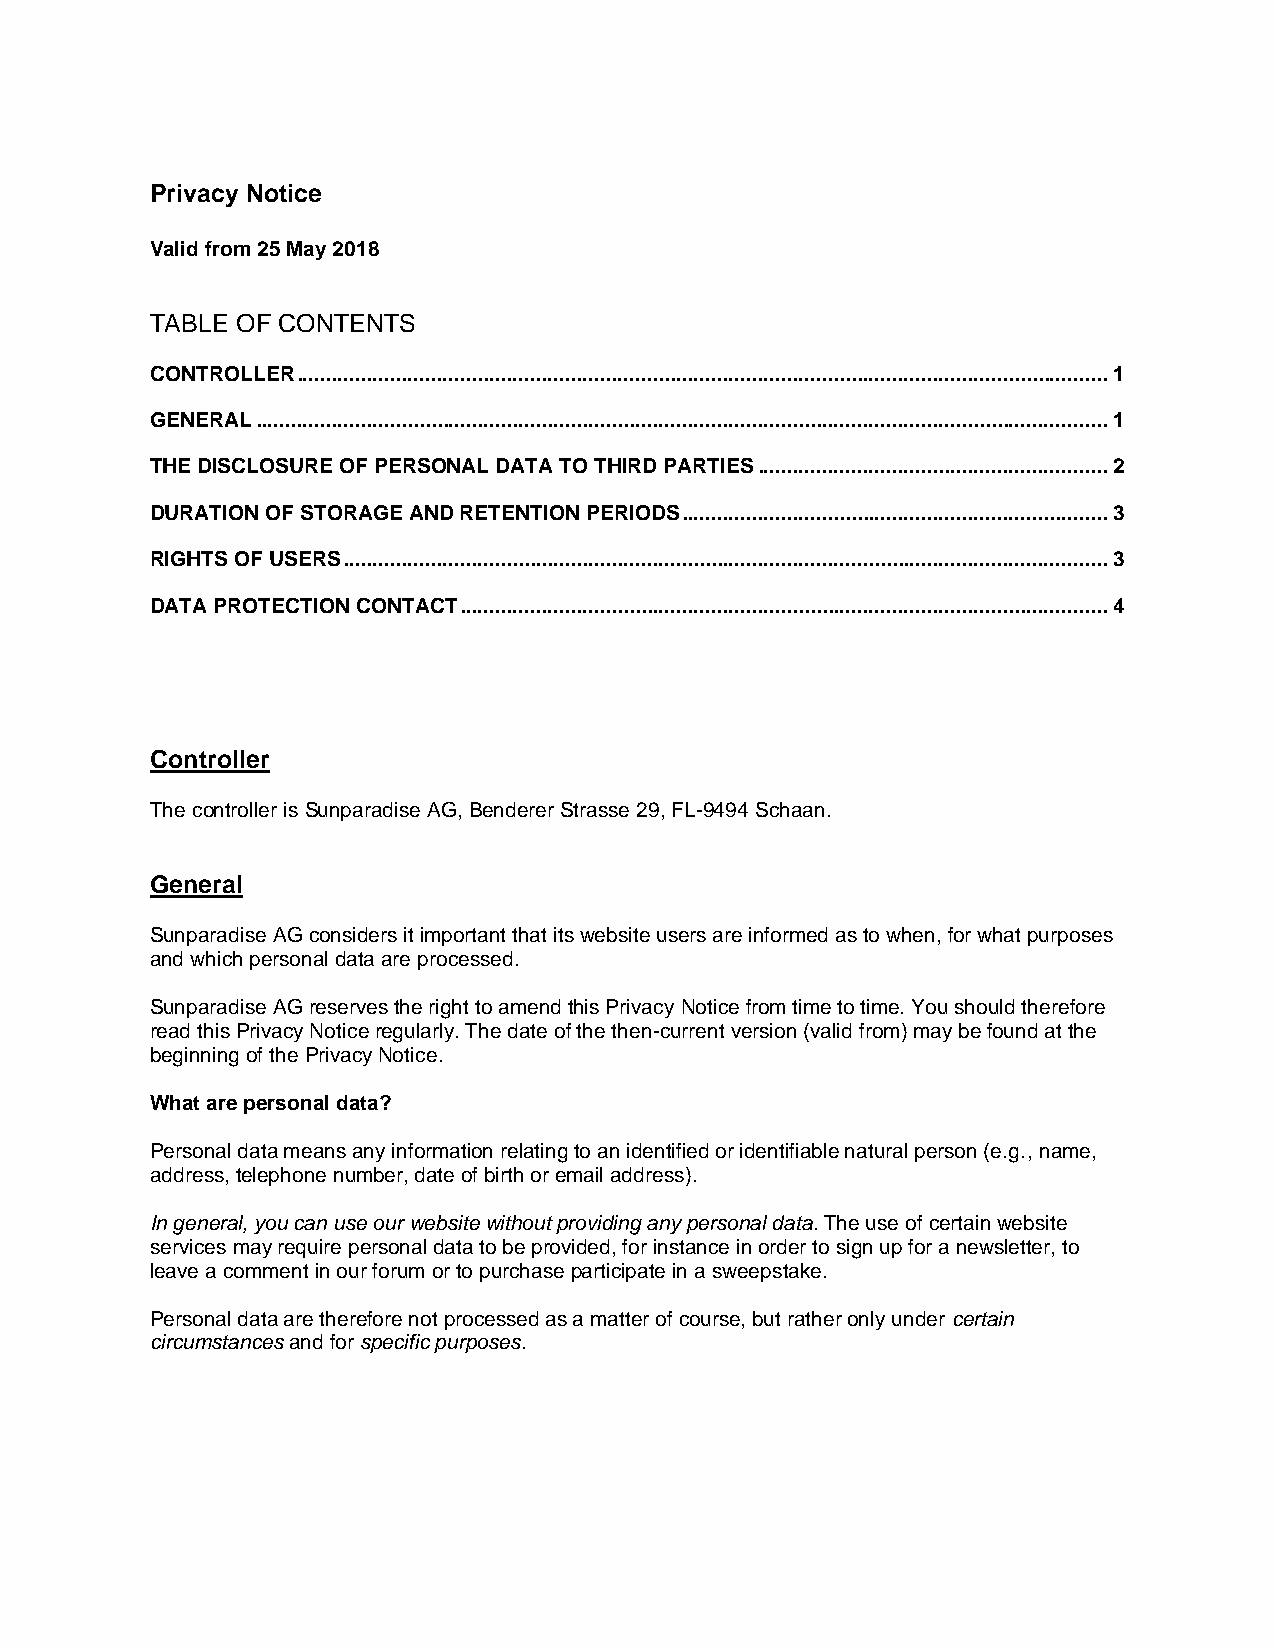
Privacy Notice
 Valid from 25 May 2018
 TABLE OF CONTENTS
 CONTROLLER ........................................................................................................................................... 1
 GENERAL .................................................................................................................................................. 1
 THE DISCLOSURE OF PERSONAL DATA TO THIRD PARTIES ............................................................ 2
 DURATION OF STORAGE AND RETENTION PERIODS ......................................................................... 3
 RIGHTS OF USERS ................................................................................................................................... 3
 DATA PROTECTION CONTACT ............................................................................................................... 4
 Controller
 The controller is Sunparadise AG, Benderer Strasse 29, FL-9494 Schaan.
 General
 Sunparadise AG considers it important that its website users are informed as to when, for what purposes
 and which personal data are processed.
 Sunparadise AG reserves the right to amend this Privacy Notice from time to time. You should therefore
 read this Privacy Notice regularly. The date of the then-current version (valid from) may be found at the
 beginning of the Privacy Notice.
 What are personal data?
 Personal data means any information relating to an identified or identifiable natural person (e.g., name,
 address, telephone number, date of birth or email address).
 In general, you can use our website without providing any personal data. The use of certain website
 services may require personal data to be provided, for instance in order to sign up for a newsletter, to
 leave a comment in our forum or to purchase participate in a sweepstake.
 Personal data are therefore not processed as a matter of course, but rather only under certain
 circumstances and for specific purposes.